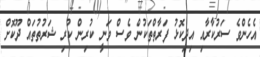
އެހެންވެ ސަރުކާރާއި އިދިކޮޅު ފަރާތްތަކުން ވެސް ވަނީ ކުރިން ކުރި ޝަރުތުތައް ދޫކޮށް